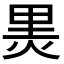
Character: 𭴬